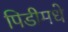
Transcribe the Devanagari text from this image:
पिडीमधे